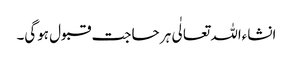
انشاءاللہ تعالٰی ہر حاجت قبول ہوگی۔